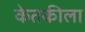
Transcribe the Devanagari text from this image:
केतकीला